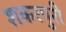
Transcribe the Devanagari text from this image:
शकरपुरी